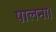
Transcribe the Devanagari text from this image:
पालना।